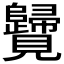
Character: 𧢦